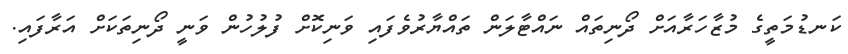
ކަނޑުމަތީގެ މުޒާހަރާއަށް ދޯނިތައް ނައްޓާލަން ތައްޔާރުވެފައި ވަނިކޮށް ފުލުހުން ވަނީ ދޯނިތަކަށް އަރާފައި.